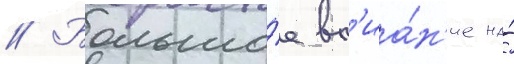
// Большо́е вл'иа́н'ие на́